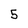
Character: 5